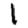
Digit: 1